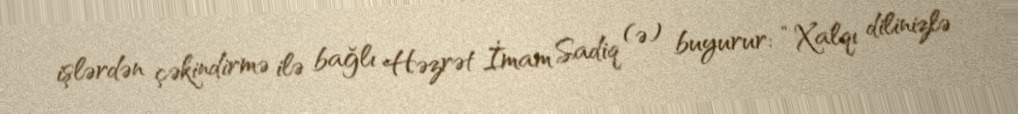
işlərdən çəkindirmə ilə bağlı Həzrət İmam Sadiq (ə) buyurur: “Xalqı dilinizlə